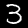
Digit: 3